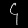
Digit: ၄